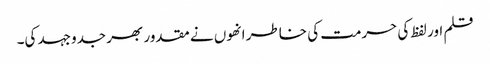
قلم اور لفظ کی حرمت کی خاطر انھوں نے مقدور بھر جدوجہد کی۔